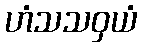
ဟံသသဝှယံ